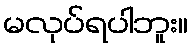
မလုပ်ရပါဘူး။